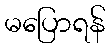
မပြောရန်